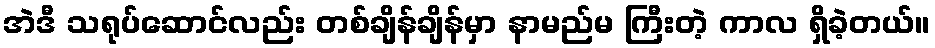
အဲဒီ သရုပ်ဆောင်လည်း တစ်ချိန်ချိန်မှာ နာမည်မ ကြီးတဲ့ ကာလ ရှိခဲ့တယ်။